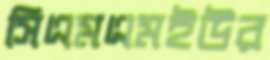
সিএমএমইউর